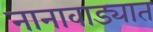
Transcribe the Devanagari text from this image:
नानावाड्यात